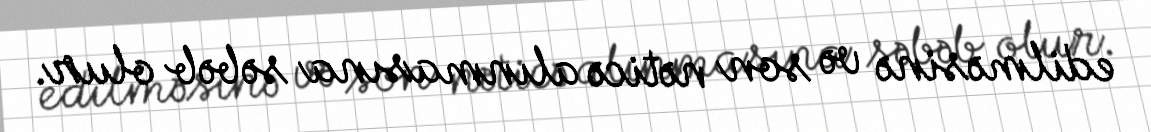
edilməsinə və son nəticə alınmasına səbəb olur.